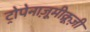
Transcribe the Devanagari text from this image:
ट्रोपेनाज़ूमीक्रूज़ी